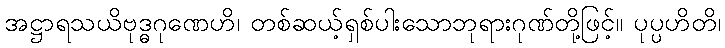
အဋ္ဌာရသယိဗုဒ္ဓဂုဏေဟိ၊ တစ်ဆယ့်ရှစ်ပါးသောဘုရားဂုဏ်တို့ဖြင့်။ ပုပ္ပဟိတိ၊